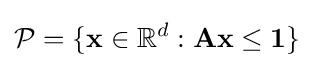
{\mathcal {P}}=\{\mathbf {x} \in \mathbb {R} ^{d}:\mathbf {Ax} \leq \mathbf {1} \}